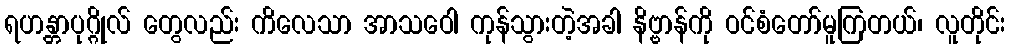
ရဟန္တာပုဂ္ဂိုလ် တွေလည်း ကိလေသာ အာသဝေါ ကုန်သွားတဲ့အခါ နိဗ္ဗာန်ကို ဝင်စံတော်မူကြတယ်၊ လူတိုင်း